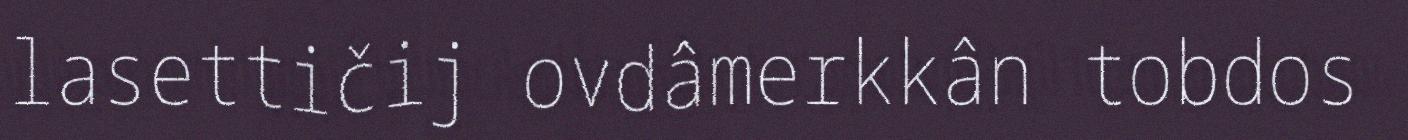
lasettičij ovdâmerkkân tobdos